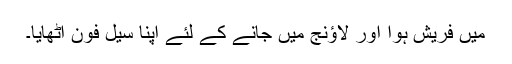
میں فریش ہوا اور لاﺅنج میں جانے کے لئے اپنا سیل فون اٹھایا۔